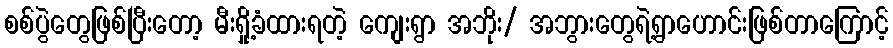
စစ်ပွဲတွေဖြစ်ပြီးတော့ မီးရှို့ခံထားရတဲ့ ကျေးရွာ အဘိုး/ အဘွားတွေရဲ့ရွာဟောင်းဖြစ်တာကြောင့်